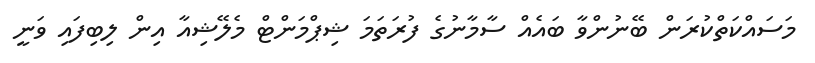
މަސައްކަތްކުރަން ބޭނުންވާ ބައެއް ސާމާނުގެ ފުރަތަމަ ޝިޕްމަންޓް މެލޭޝިއާ އިން ލިބިފައި ވަނީ